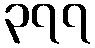
၃၇၇